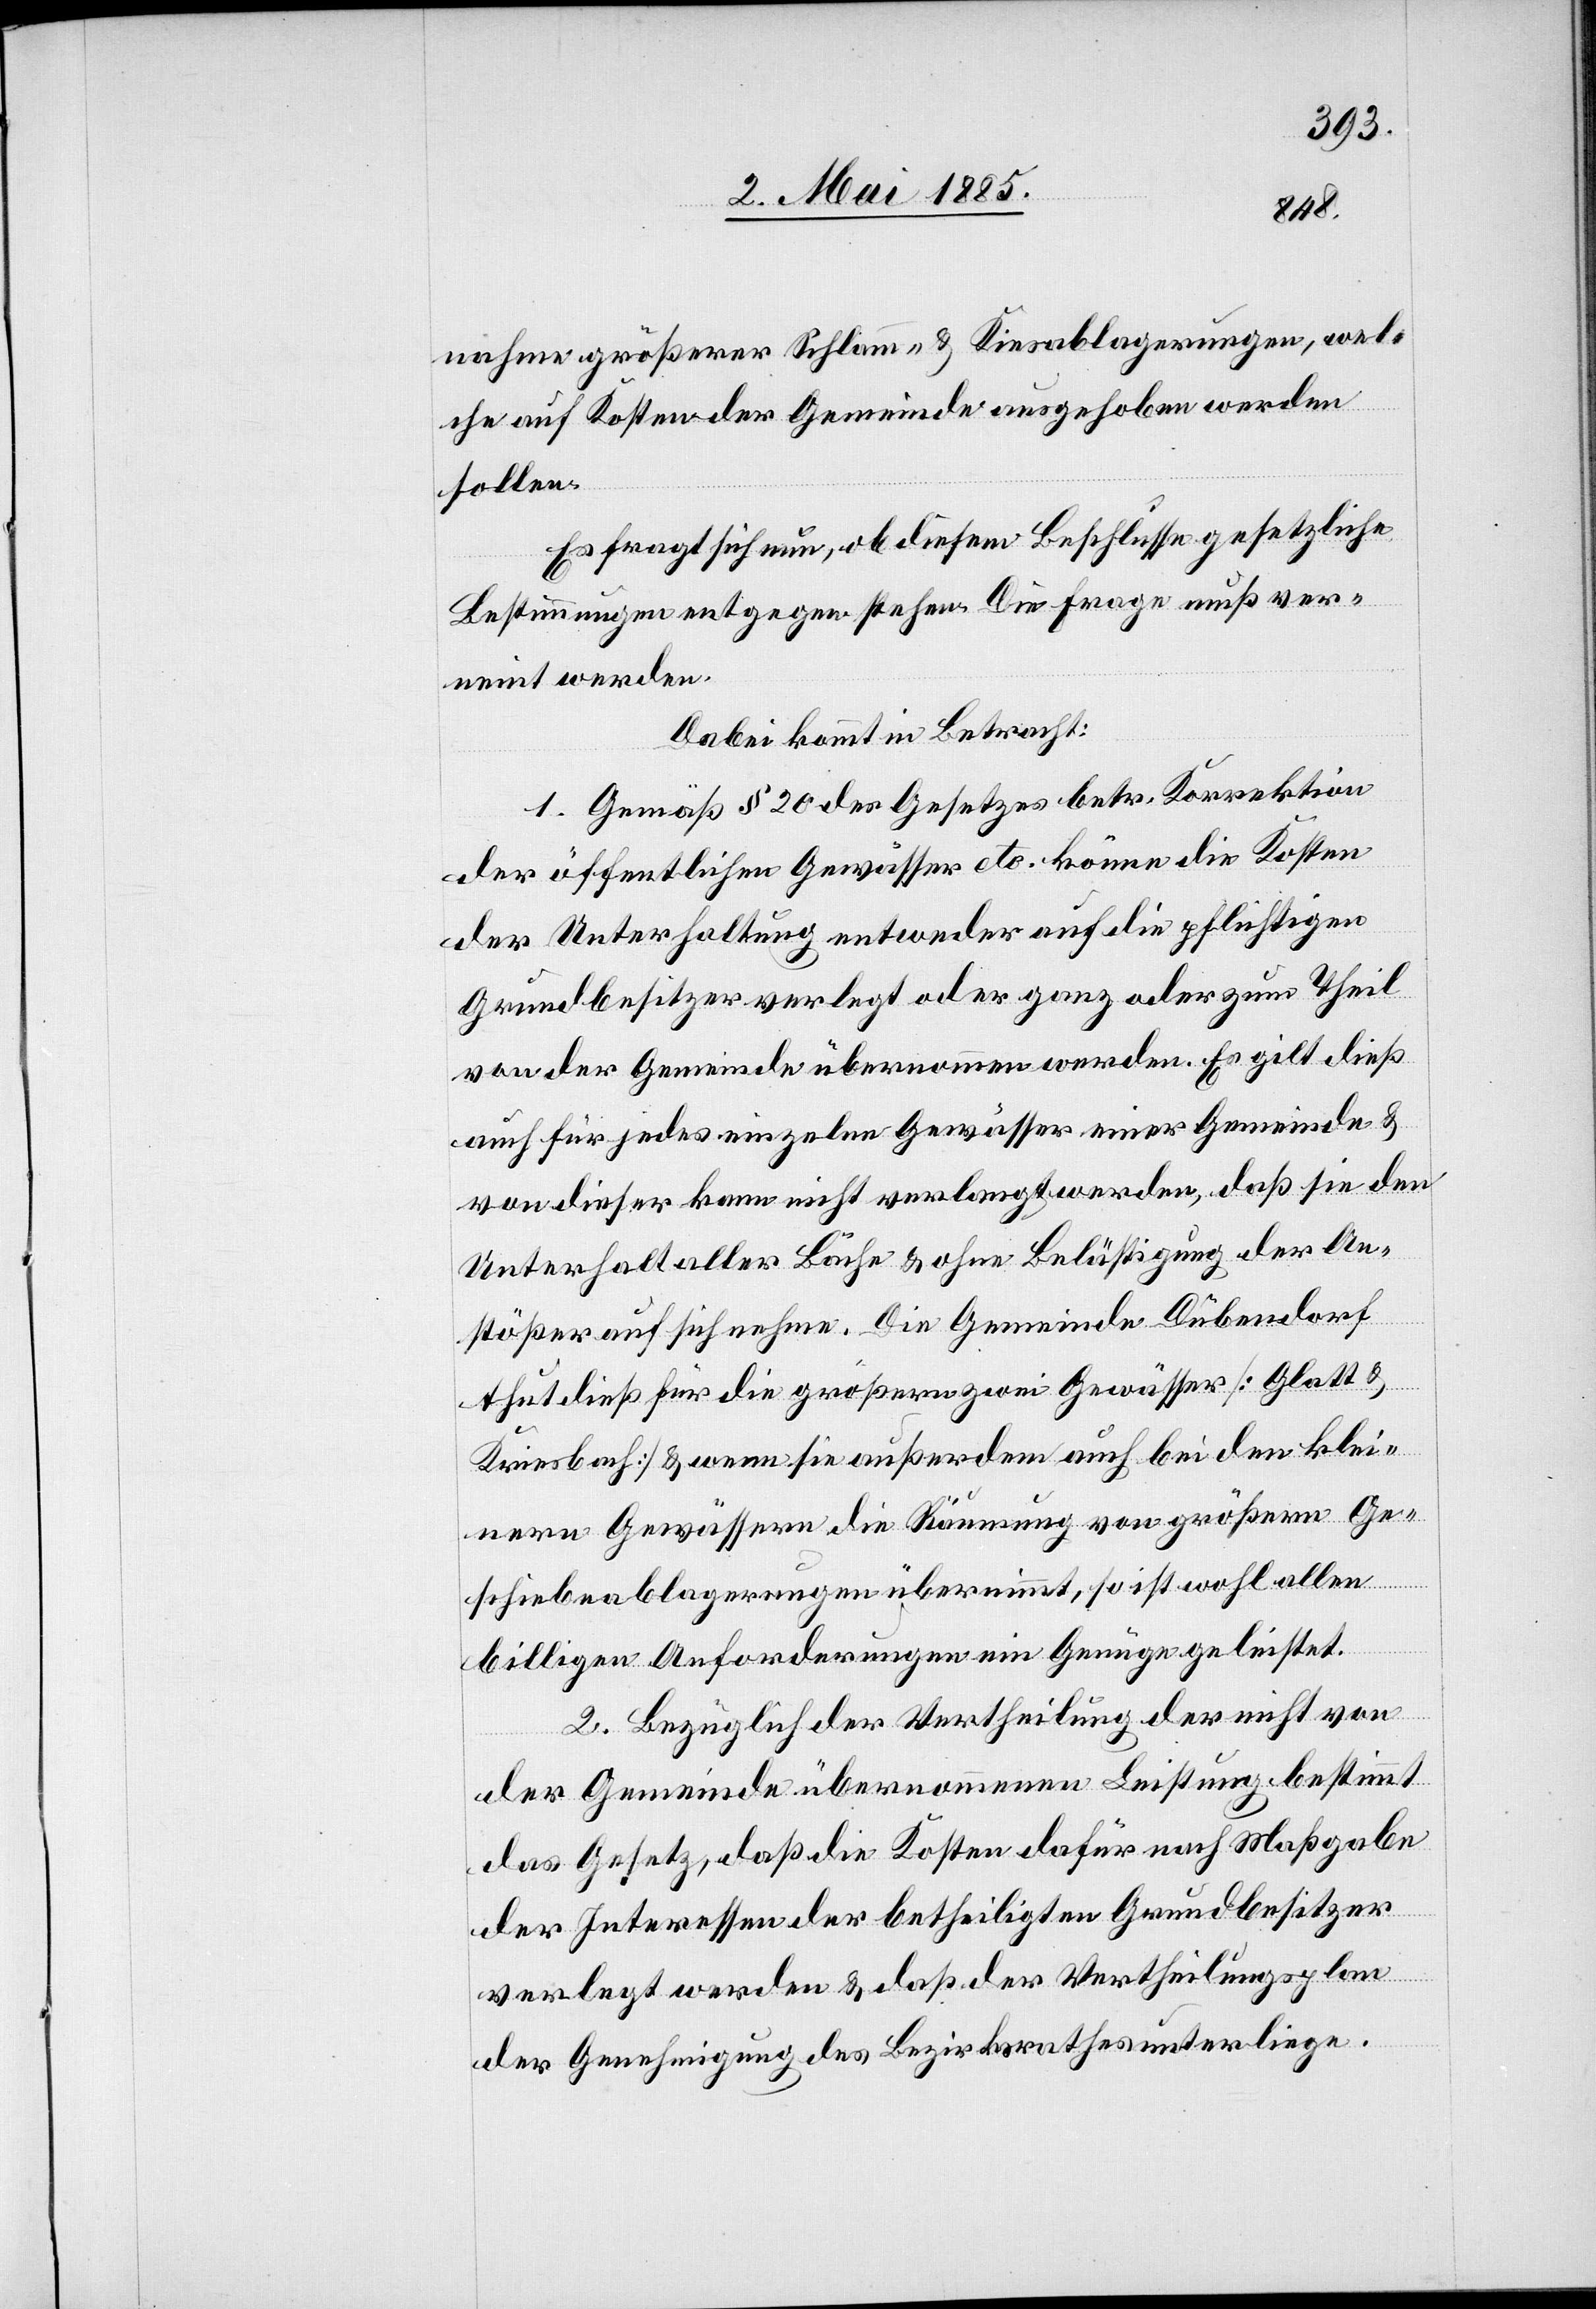
nahme größerer Schlamm- & Kiesablagerungen, wel¬
che auf Kosten der Gemeinde ausgehoben werden
sollen.
Es fragt sich nun, ob diesem Beschlusse gesetzliche
Bestimmungen entgegen stehen. Die Frage muß ver¬
neint werden.
Dabei kommt in Betracht:
1. Gemäß § 20 des Gesetzes betr. Korrektion
der öffentlichen Gewässer etc. könne[n] die Kosten
der Unterhaltung entweder auf die pflichtigen
Grundbesitzer verlegt oder ganz oder zum Theil
von der Gemeinde übernommen werden. Es gilt dieß
auch für jedes einzelne Gewässer einer Gemeinde &
von dieser kann nicht verlangt werden, daß sie den
Unterhalt aller Bäche & ohne Belästigung der An¬
stößer auf sich nehme. Die Gemeinde Dübendorf
thut dieß für die größeren zwei Gewässer [Glatt &
Kriesbach] & wenn sie außerdem auch bei den klei¬
nern Gewässern die Räumung von größern Ge¬
schiebeablagerungen übernimmt, so ist wohl allen
billigen Anforderungen ein Genüge geleistet.
2. Bezüglich der Vertheilung der nicht von
der Gemeinde übernommenen Leistung bestimmt
das Gesetz, daß die Kosten dafür nach Maßgabe
der Interessen der betheiligten Grundbesitzer
verlegt werden & daß der Vertheilungsplan
der Genehmigung des Bezirksrathes unterliege.